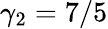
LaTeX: \gamma_{2}=7/5